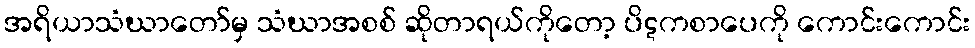
အရိယာသံဃာတော်မှ သံဃာအစစ် ဆိုတာရယ်ကိုတော့ ပိဋကစာပေကို ကောင်းကောင်း